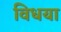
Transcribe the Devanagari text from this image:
विधया